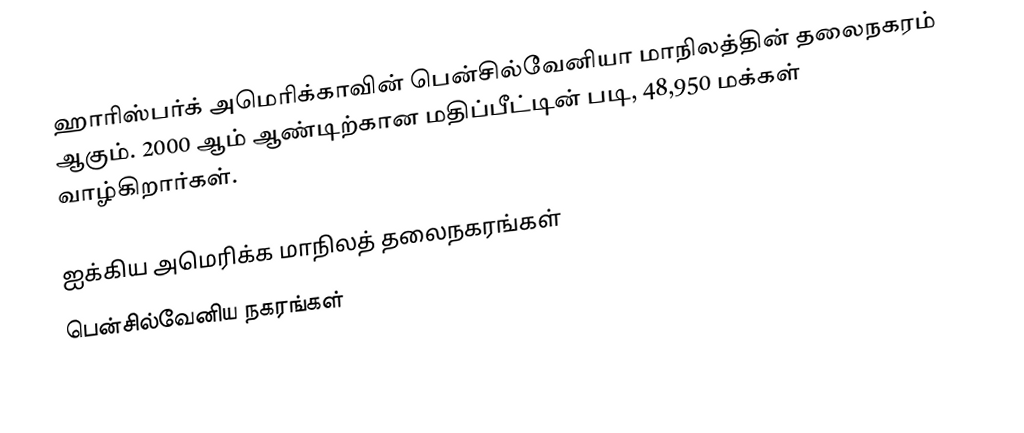
ஹாரிஸ்பர்க் அமெரிக்காவின் பென்சில்வேனியா மாநிலத்தின் தலைநகரம் ஆகும். 2000 ஆம் ஆண்டிற்கான மதிப்பீட்டின் படி, 48,950 மக்கள் வாழ்கிறார்கள்.

ஐக்கிய அமெரிக்க மாநிலத் தலைநகரங்கள்
பென்சில்வேனிய நகரங்கள்